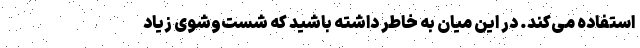
استفاده می‌کند. در این میان به خاطر داشته باشید که شست‌وشوی زیاد